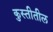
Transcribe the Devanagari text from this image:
कुस्तीतील